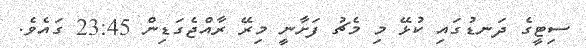
ސިޓީގެ ދަނޑުގައި ކުޅޭ މި މެޗު ފަށާނީ މިރޭ ރާއްޖެގަޑިން 23:45 ގައެވެ.